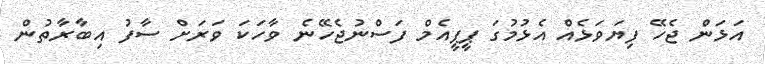
އަޅަން ޖެހޭ ފިޔަވަޅެއް އެޅުމުގަ ޕީޕީއެމް ފަސްނުޖެހޭނެ ވާހަކަ ވަރަށް ސާފު އިބާރާތުން